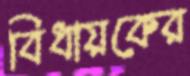
বিধায়কের